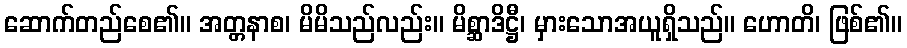
ဆောက်တည်စေ၏။ အတ္တနာစ၊ မိမိသည်လည်း။ မိစ္ဆာဒိဋ္ဌီ၊ မှားသောအယူရှိသည်။ ဟောတိ၊ ဖြစ်၏။